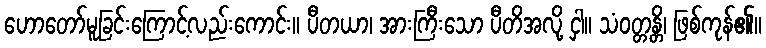
ဟောတော်မူခြင်းကြောင့်လည်းကောင်း။ ပီတယာ၊ အားကြီးသော ပီတိအလို့ ငှါ။ သံဝတ္တန္တိ၊ ဖြစ်ကုန်၏။